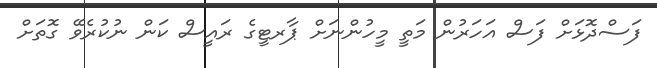
ފަސްދޮޅަށް ފަސް އަހަރުން މަތީ މީހުންނަށް ޕާރޓީގެ ރައީސް ކަން ނުކުރެވޭ ގޮތަށް